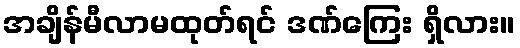
အချိန်မီလာမထုတ်ရင် ဒဏ်ကြေး ရှိလား။